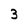
Character: 3